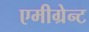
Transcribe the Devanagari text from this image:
एमीग्रेन्ट